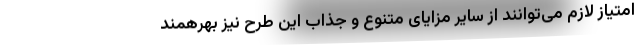
امتیاز لازم می‌توانند از سایر مزایای متنوع و جذاب این طرح نیز بهرهمند